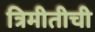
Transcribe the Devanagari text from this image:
त्रिमीतीची